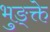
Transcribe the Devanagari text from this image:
भुङ्क्ते